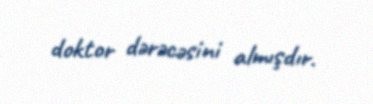
doktor dərəcəsini almışdır.